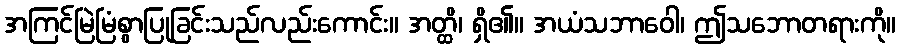
အကြင်မြဲမြံစွာပြုခြင်းသည်လည်းကောင်း။ အတ္ထိ၊ ရှိ၏။ အယံသဘာဝေါ၊ ဤသဘောတရားကို။